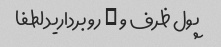
پول ظرف و … رو بردارید لطفا